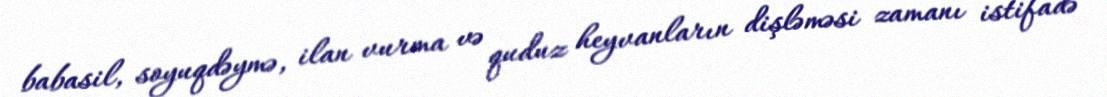
babasil, soyuqdəymə, ilan vurma və quduz heyvanların dişləməsi zamanı istifadə